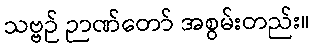
သဗ္ဗဉ် ဉာဏ်တော် အစွမ်းတည်း။